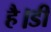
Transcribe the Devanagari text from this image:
है।डी